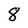
Character: 8